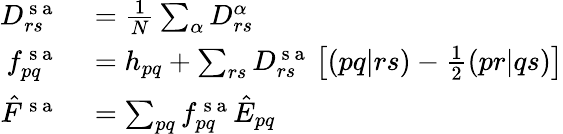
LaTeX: \begin{array}{rl}{D_{rs}^{\mathrm{~s~a~}}}&{{}=\frac{1}{N}\sum_{\alpha}D_{rs}^{\alpha}}\\ {f_{pq}^{\mathrm{~s~a~}}}&{{}=h_{pq}+\sum_{rs}D_{rs}^{\mathrm{~s~a~}}\left[(pq|rs)-\frac{1}{2}(pr|qs)\right]}\\ {\hat{F}^{\mathrm{~s~a~}}}&{{}=\sum_{pq}f_{pq}^{\mathrm{~s~a~}}\hat{E}_{pq}}\end{array}